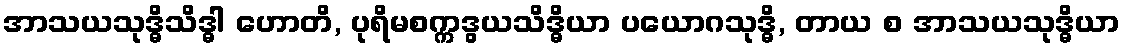
အာသယသုဒ္ဓိသိဒ္ဓါ ဟောတိ, ပုရိမစက္ကဒွယသိဒ္ဓိယာ ပယောဂသုဒ္ဓိ, တာယ စ အာသယသုဒ္ဓိယာ